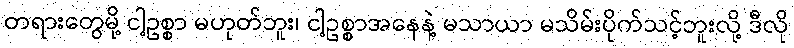
တရားတွေမို့ ငါ့ဥစ္စာ မဟုတ်ဘူး၊ ငါ့ဥစ္စာအနေနဲ့ မသာယာ မသိမ်းပိုက်သင့်ဘူးလို့ ဒီလို